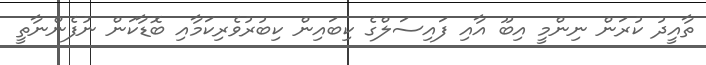
ތާއީދު ކުރަން ނިންމީ އިބޫ އާއި ފައިސަލްގެ ކިބައިން ކިބުރުވެރިކަމާއި ބޮޑާކަން ނުފެންނާތީ